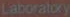
Laboratory